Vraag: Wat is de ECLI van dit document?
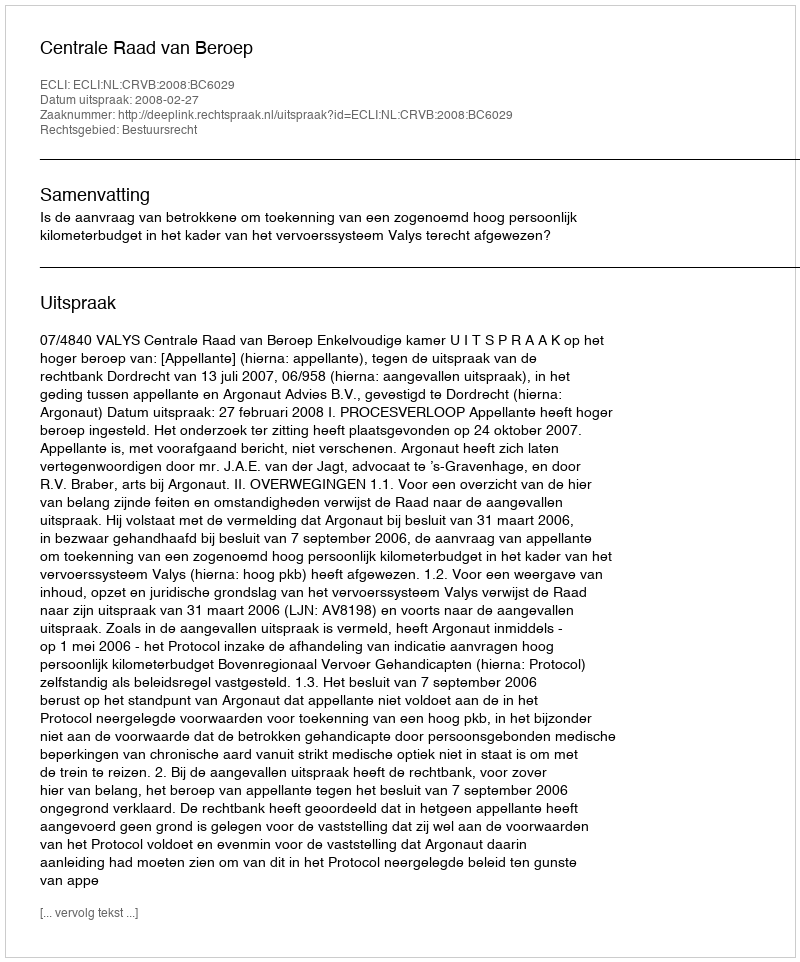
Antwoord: ECLI:NL:CRVB:2008:BC6029